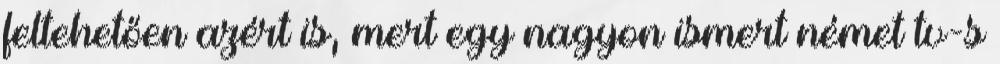
feltehetően azért is, mert egy nagyon ismert német tv-s